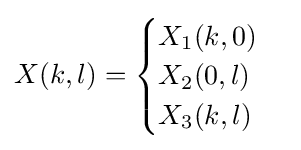
X(k,l)={\begin{cases}X_{1}(k,0)\\X_{2}(0,l)\\X_{3}(k,l)\end{cases}}